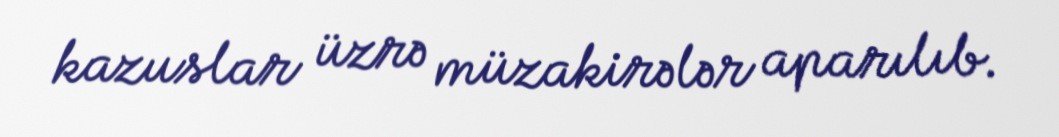
kazuslar üzrə müzakirələr aparılıb.